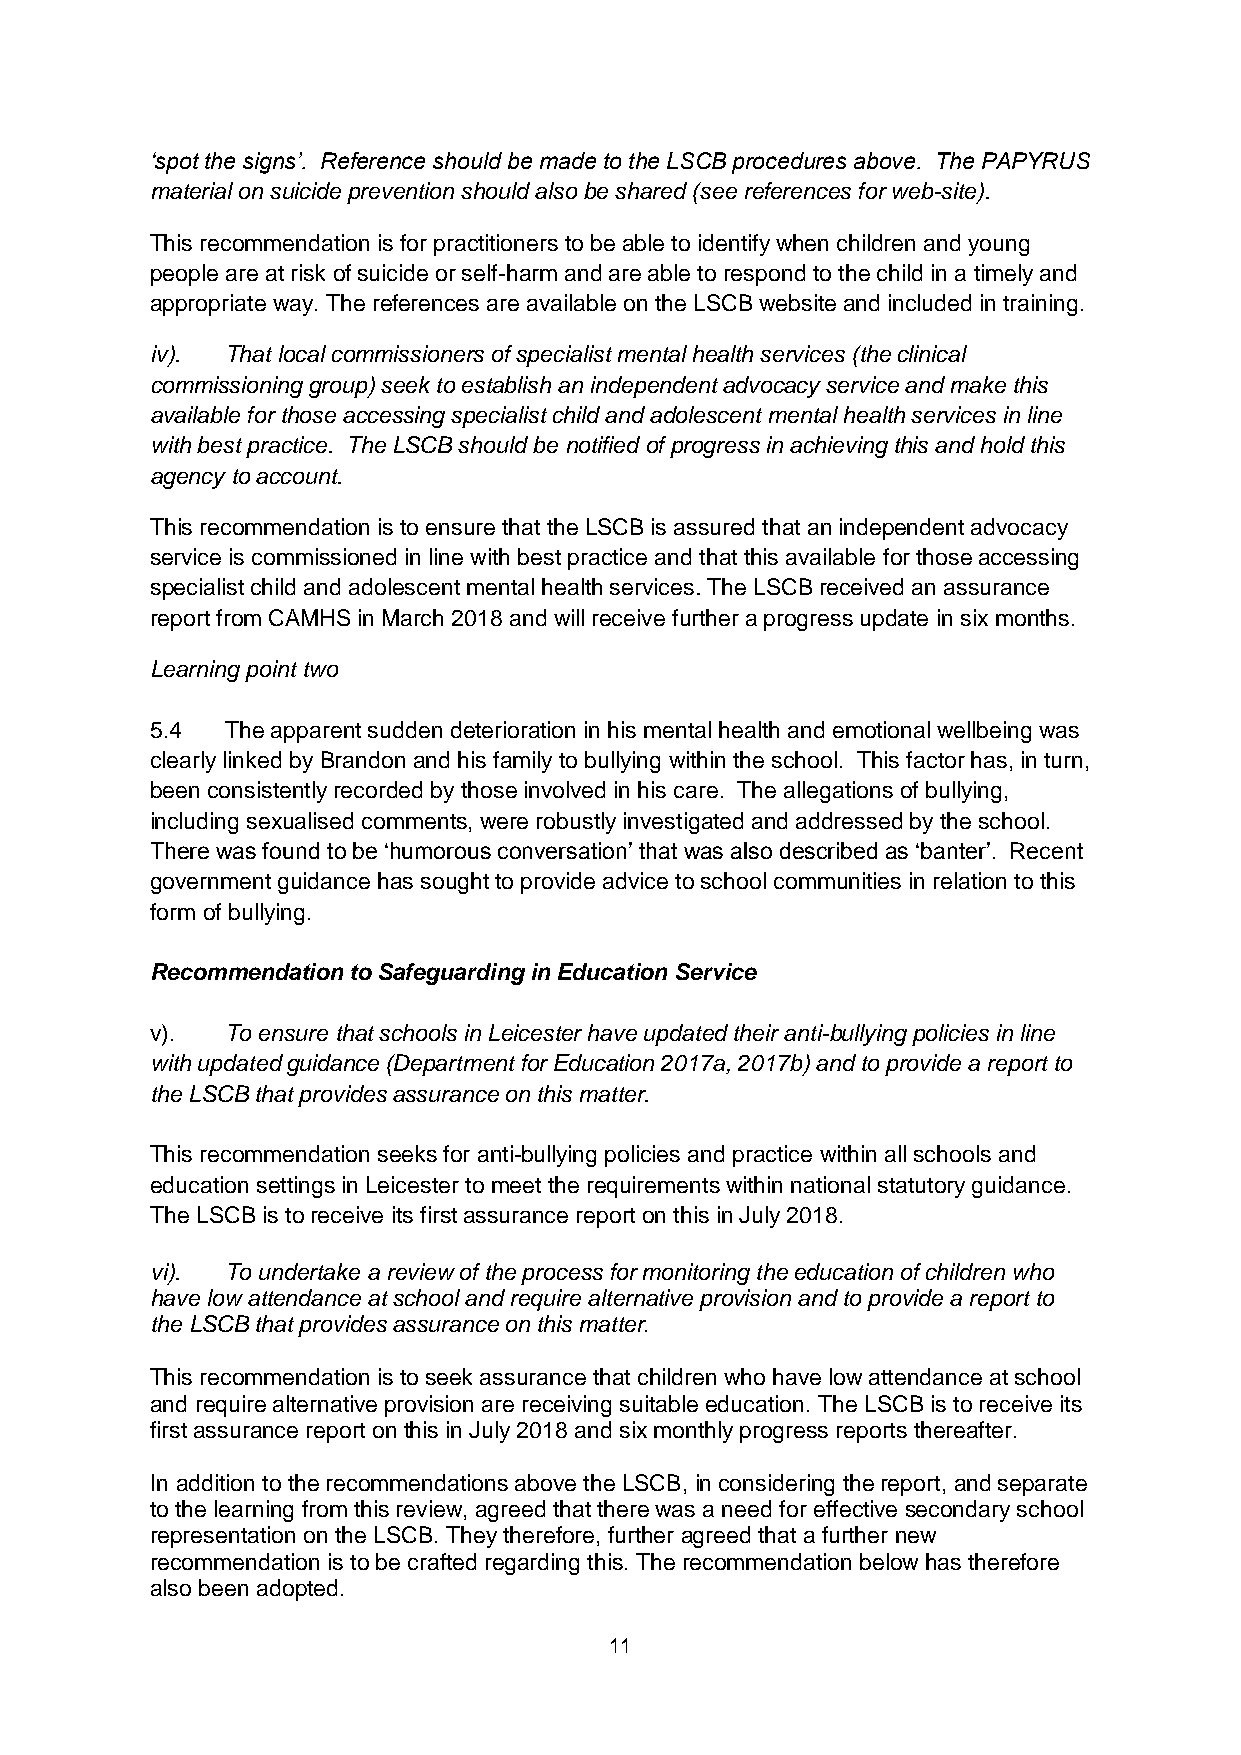
‘spot the signs’. Reference should be made to the LSCB procedures above. The PAPYRUS
 material on suicide prevention should also be shared (see references for web-site).
 This recommendation is for practitioners to be able to identify when children and young
 people are at risk of suicide or self-harm and are able to respond to the child in a timely and
 appropriate way. The references are available on the LSCB website and included in training.
 iv). That local commissioners of specialist mental health services (the clinical
 commissioning group) seek to establish an independent advocacy service and make this
 available for those accessing specialist child and adolescent mental health services in line
 with best practice. The LSCB should be notified of progress in achieving this and hold this
 agency to account.
 This recommendation is to ensure that the LSCB is assured that an independent advocacy
 service is commissioned in line with best practice and that this available for those accessing
 specialist child and adolescent mental health services. The LSCB received an assurance
 report from CAMHS in March 2018 and will receive further a progress update in six months.
 Learning point two
 5.4  The apparent sudden deterioration in his mental health and emotional wellbeing was
 clearly linked by Brandon and his family to bullying within the school. This factor has, in turn,
 been consistently recorded by those involved in his care. The allegations of bullying,
 including sexualised comments, were robustly investigated and addressed by the school.
 There was found to be ‘humorous conversation’ that was also described as ‘banter’. Recent
 government guidance has sought to provide advice to school communities in relation to this
 form of bullying.
 Recommendation to Safeguarding in Education Service
 v).  To ensure that schools in Leicester have updated their anti-bullying policies in line
 with updated guidance (Department for Education 2017a, 2017b) and to provide a report to
 the LSCB that provides assurance on this matter.
 This recommendation seeks for anti-bullying policies and practice within all schools and
 education settings in Leicester to meet the requirements within national statutory guidance.
 The LSCB is to receive its first assurance report on this in July 2018.
 vi). To undertake a review of the process for monitoring the education of children who
 have low attendance at school and require alternative provision and to provide a report to
 the LSCB that provides assurance on this matter.
 This recommendation is to seek assurance that children who have low attendance at school
 and require alternative provision are receiving suitable education. The LSCB is to receive its
 first assurance report on this in July 2018 and six monthly progress reports thereafter.
 In addition to the recommendations above the LSCB, in considering the report, and separate
 to the learning from this review, agreed that there was a need for effective secondary school
 representation on the LSCB. They therefore, further agreed that a further new
 recommendation is to be crafted regarding this. The recommendation below has therefore
 also been adopted.
 11